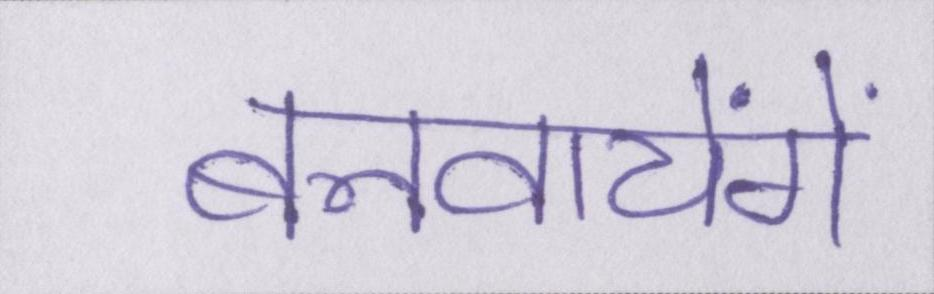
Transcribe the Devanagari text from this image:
बनवायेंगे